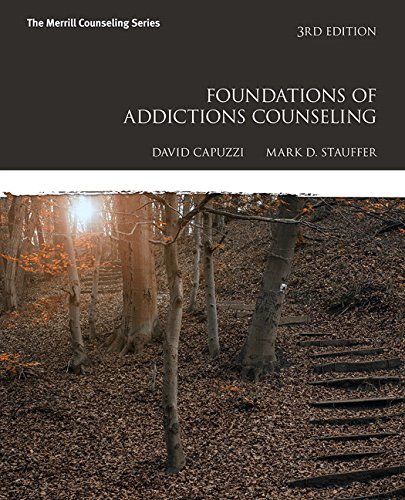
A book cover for Foundations of Addictions Counseling (3rd Edition); David Capuzzi; Education & Teaching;